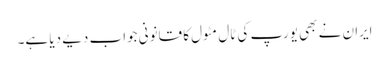
ایران نے بھی یورپ کی ٹال مٹول کا قانونی جواب دیے دیا ہے۔